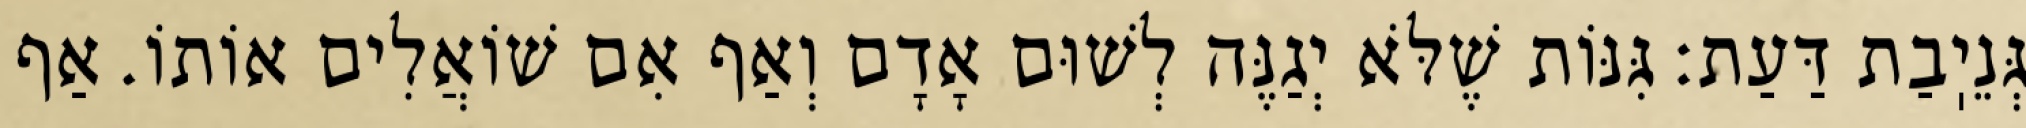
גְּנֵיֽבַת דַּעַת: גִּנּוֹת שֶׁלֹּא יְגַנֶּה לְשׁוּם אָדָם וְאַף אִם שׁוֹאֲלִים אוֹתוֹ. אַף